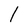
Character: 1